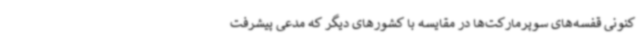
کنونی قفسه‌های سوپرمارکت‌ها در مقایسه با کشورهای دیگر که مدعی پیشرفت